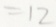
= 1 2